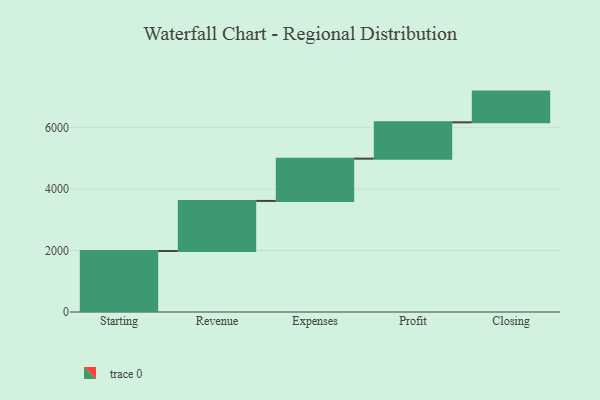
{"axis": {"x": "Step", "y": "Value"}, "legend": [""], "data": [{"x": "Starting", "y": 1984.0, "type": ""}, {"x": "Revenue", "y": 1630.0, "type": ""}, {"x": "Expenses", "y": 1376.0, "type": ""}, {"x": "Profit", "y": 1182.0, "type": ""}, {"x": "Closing", "y": 1000, "type": ""}]}